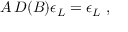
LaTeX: A \, D ( B ) \epsilon _ { L } = \epsilon _ { L } \ ,